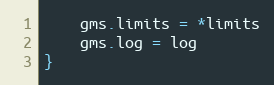
Language: Go
	gms.limits = *limits
	gms.log = log
}